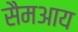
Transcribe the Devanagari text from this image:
सैमआय